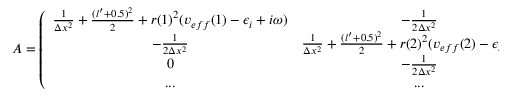
A = \left( \begin{array} { c c c c } { \frac { 1 } { \Delta x ^ { 2 } } + \frac { ( l ^ { \prime } + 0 . 5 ) ^ { 2 } } { 2 } + r ( 1 ) ^ { 2 } ( v _ { e f f } ( 1 ) - \epsilon _ { i } + i \omega ) } & { - \frac { 1 } { 2 \Delta x ^ { 2 } } } & { 0 } & { . . . } \\ { - \frac { 1 } { 2 \Delta x ^ { 2 } } } & { \frac { 1 } { \Delta x ^ { 2 } } + \frac { ( l ^ { \prime } + 0 . 5 ) ^ { 2 } } { 2 } + r ( 2 ) ^ { 2 } ( v _ { e f f } ( 2 ) - \epsilon _ { i } + i \omega ) } & { - \frac { 1 } { 2 \Delta x ^ { 2 } } } & { . . . } \\ { 0 } & { - \frac { 1 } { 2 \Delta x ^ { 2 } } } & { . . . } & { . . . } \\ { . . . } & { . . . } & { . . . } & { . . . } \end{array} \right)